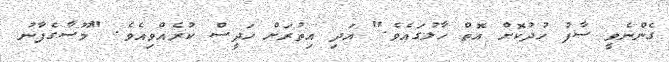
ގެންނެވީ ސާފު ހުދުކޮށް އޮތް ހާލުގައެވެ." އަދި އިތުރަށް ހަދީސް ކުރެއްވިއެވެ. "މޫސާގެފާނު